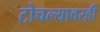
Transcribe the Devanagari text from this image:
टोचल्यावरही